Report of the Imperial Institute of Veterinary Research, Muktesar
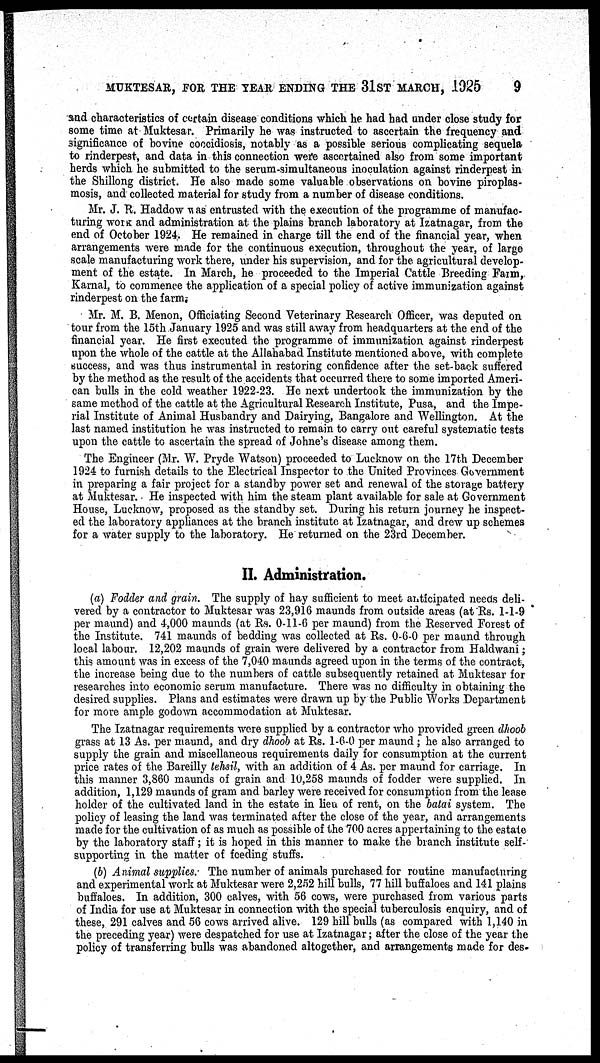
MUKTESAR, FOR THE YEAR ENDING THE 31ST MARCH, 1925
9
and characteristics of certain disease conditions which he had had under close study for
some time at Muktesar. Primarily he was instructed to ascertain the frequency and
significance of bovine coccidiosis, notably as a possible serious complicating sequela
to rinderpest, and data in this connection were ascertained also from some important
herds which he submitted to the serum-simultaneous inoculation against rinderpest in
the Shillong district. He also made some valuable observations on bovine piroplas-
mosis, and collected material for study from a number of disease conditions.
Mr. J. R. Haddow was entrusted with the execution of the programme of manufac-
turing WORK and administration at the plains branch laboratory at Izatnagar, from the
end of October 1924. He remained in charge till the end of the financial year, when
arrangements were made for the continuous execution, throughout the year, of large
scale manufacturing work there, under his supervision, and for the agricultural develop-
ment of the estate. In March, he proceeded to the Imperial Cattle Breeding Farm,
Karnal, to commence the application of a special policy of active immunization against
rinderpest on the farm.
Mr. M. B. Menon, Officiating Second Veterinary Research Officer, was deputed on
tour from the 15th January 1925 and was still away from headquarters at the end of the
financial year. He first executed the programme of immunization against rinderpest
upon the whole of the cattle at the Allahabad Institute mentioned above, with complete
success, and was thus instrumental in restoring confidence after the set-back suffered
by the method as the result of the accidents that occurred there to some imported Ameri-
can bulls in the cold weather 1922-23. He next undertook the immunization by the
same method of the cattle at the Agricultural Research Institute, Pusa, and the Impe-
rial Institute of Animal Husbandry and Dairying, Bangalore and Wellington. At the
last named institution he was instructed to remain to carry out careful systematic tests
upon the cattle to ascertain the spread of Johne's disease among them.
The Engineer (Mr. W. Pryde Watson) proceeded to Lucknow on the 17th December
1924 to furnish details to the Electrical Inspector to the United Provinces Government
in preparing a fair project for a standby power set and renewal of the storage battery
at Muktesar. He inspected with him the steam plant available for sale at Government
House, Lucknow, proposed as the standby set. During his return journey he inspect-
ed the laboratory appliances at the branch institute at Izatnagar, and drew up schemes
for a water supply to the laboratory. He returned on the 23rd December.
II. Administration.
(a) Fodder and grain. The supply of hay sufficient to meet anticipated needs deli-
vered by a contractor to Muktesar was 23,916 maunds from outside areas (at Rs. 1-1-9
per maund) and 4,000 maunds (at Rs. 0-11-6 per maund) from the Reserved Forest of
the Institute. 741 maunds of bedding was collected at Rs. 0-6-0 per maund through
local labour. 12,202 maunds of grain were delivered by a contractor from Haldwani ;
this amount was in excess of the 7,040 maunds agreed upon in the terms of the contract,
the increase being due to the numbers of cattle subsequently retained at Muktesar for
researches into economic serum manufacture. There was no difficulty in obtaining the
desired supplies. Plans and estimates were drawn up by the Public Works Department
for more ample godown accommodation at Muktesar.
The Izatnagar requirements were supplied by a contractor who provided green dhoob
grass at 13 As. per maund, and dry dhoob at Rs. 1-6-0 per maund ; he also arranged to
supply the grain and miscellaneous requirements daily for consumption at the current
price rates of the Bareilly tehsil, with an addition of 4 As. per maund for carriage. In
this manner 3,860 maunds of grain and 10,258 maunds of fodder were supplied. In
addition, 1,129 maunds of gram and barley were received for consumption from the lease
holder of the cultivated land in the estate in lieu of rent, on the batai system. The
policy of leasing the land was terminated after the close of the year, and arrangements
made for the cultivation of as much as possible of the 700 acres appertaining to the estate
by the laboratory staff ; it is hoped in this manner to make the branch institute self-
supporting in the matter of feeding stuffs.
(b) Animal supplies. The number of animals purchased for routine manufacturing
and experimental work at Muktesar were 2,252 hill bulls, 77 hill buffaloes and 141 plains
buffaloes. In addition, 300 calves, with 56 cows, were purchased from various parts
of India for use at Muktesar in connection with the special tuberculosis enquiry, and of
these, 291 calves and 56 cows arrived alive. 129 hill bulls (as compared with 1,140 in
the preceding year) were despatched for use at Izatnagar ; after the close of the year the
policy of transferring bulls was abandoned altogether, and arrangements made for des¬